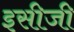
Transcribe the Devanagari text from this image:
इसीजी